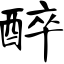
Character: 醉